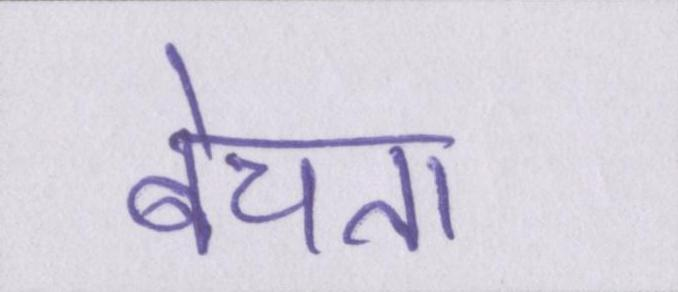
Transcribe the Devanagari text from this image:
बेचता